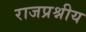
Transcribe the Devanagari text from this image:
राजप्रश्नीय